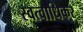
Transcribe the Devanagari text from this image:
स्वत्वाधिकर